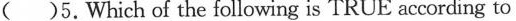
()5. Which of the following is TRUE according to